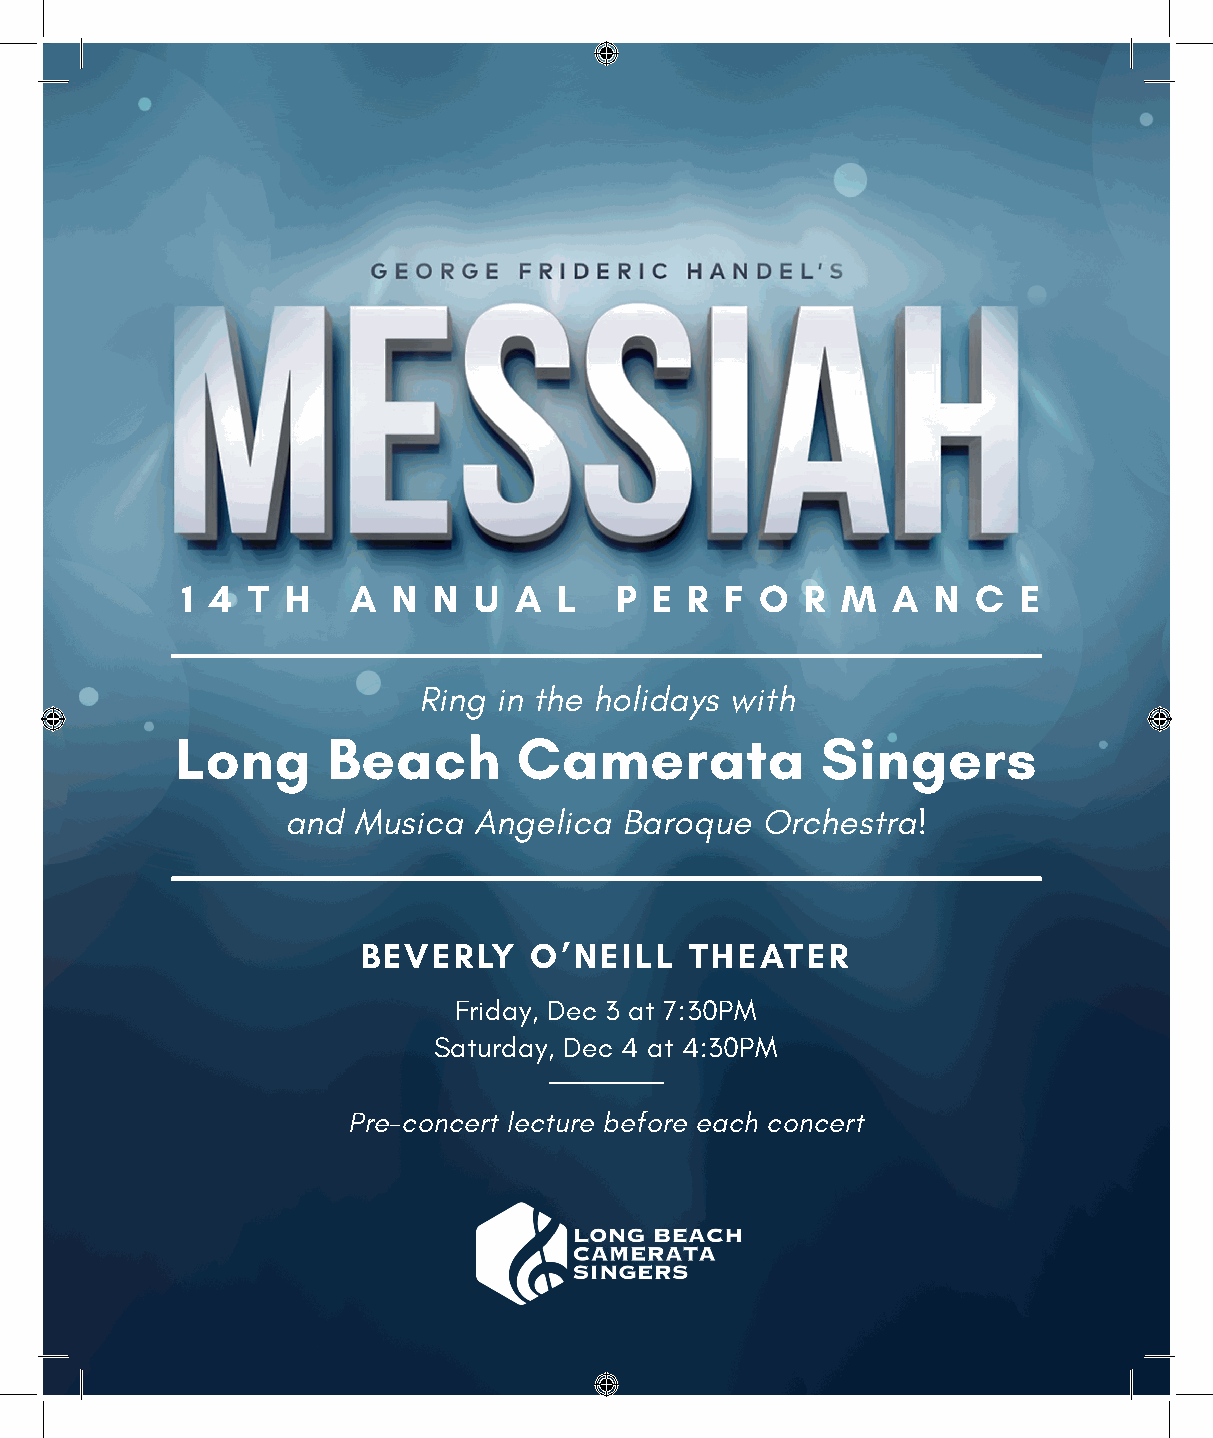
1 4 T  H   A  N  N U  A  L   P E  R F O  R  M  A  N  C E
 Ring in the holidays with
 Long      Beach       Camerata            Singers
 and Musica  Angelica  Baroque  Orchestra!
 BEVERLY    O’NEILL    THEATER
 Friday, Dec 3 at 7:30PM
 Saturday, Dec 4 at 4:30PM
 Pre-concert lecture before each concert